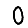
Digit: 0